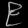
Digit: ၉